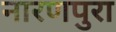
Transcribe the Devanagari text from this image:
नारणपुरा